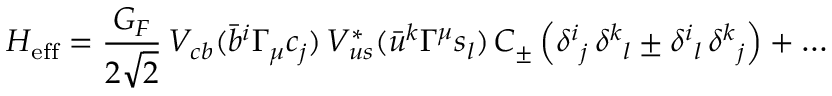
{ \cal H } _ { \mathrm { e f f } } = \frac { G _ { F } } { 2 \sqrt { 2 } } \, V _ { c b } ( \bar { b } ^ { i } \Gamma _ { \mu } c _ { j } ) \, V _ { u s } ^ { * } ( \bar { u } ^ { k } \Gamma ^ { \mu } s _ { l } ) \, C _ { \pm } \left( { \delta ^ { i } } _ { j } \, { \delta ^ { k } } _ { l } \pm { \delta ^ { i } } _ { l } \, { \delta ^ { k } } _ { j } \right) + \ldots